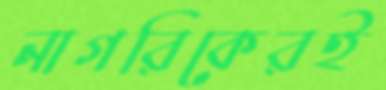
নাগরিকেরই